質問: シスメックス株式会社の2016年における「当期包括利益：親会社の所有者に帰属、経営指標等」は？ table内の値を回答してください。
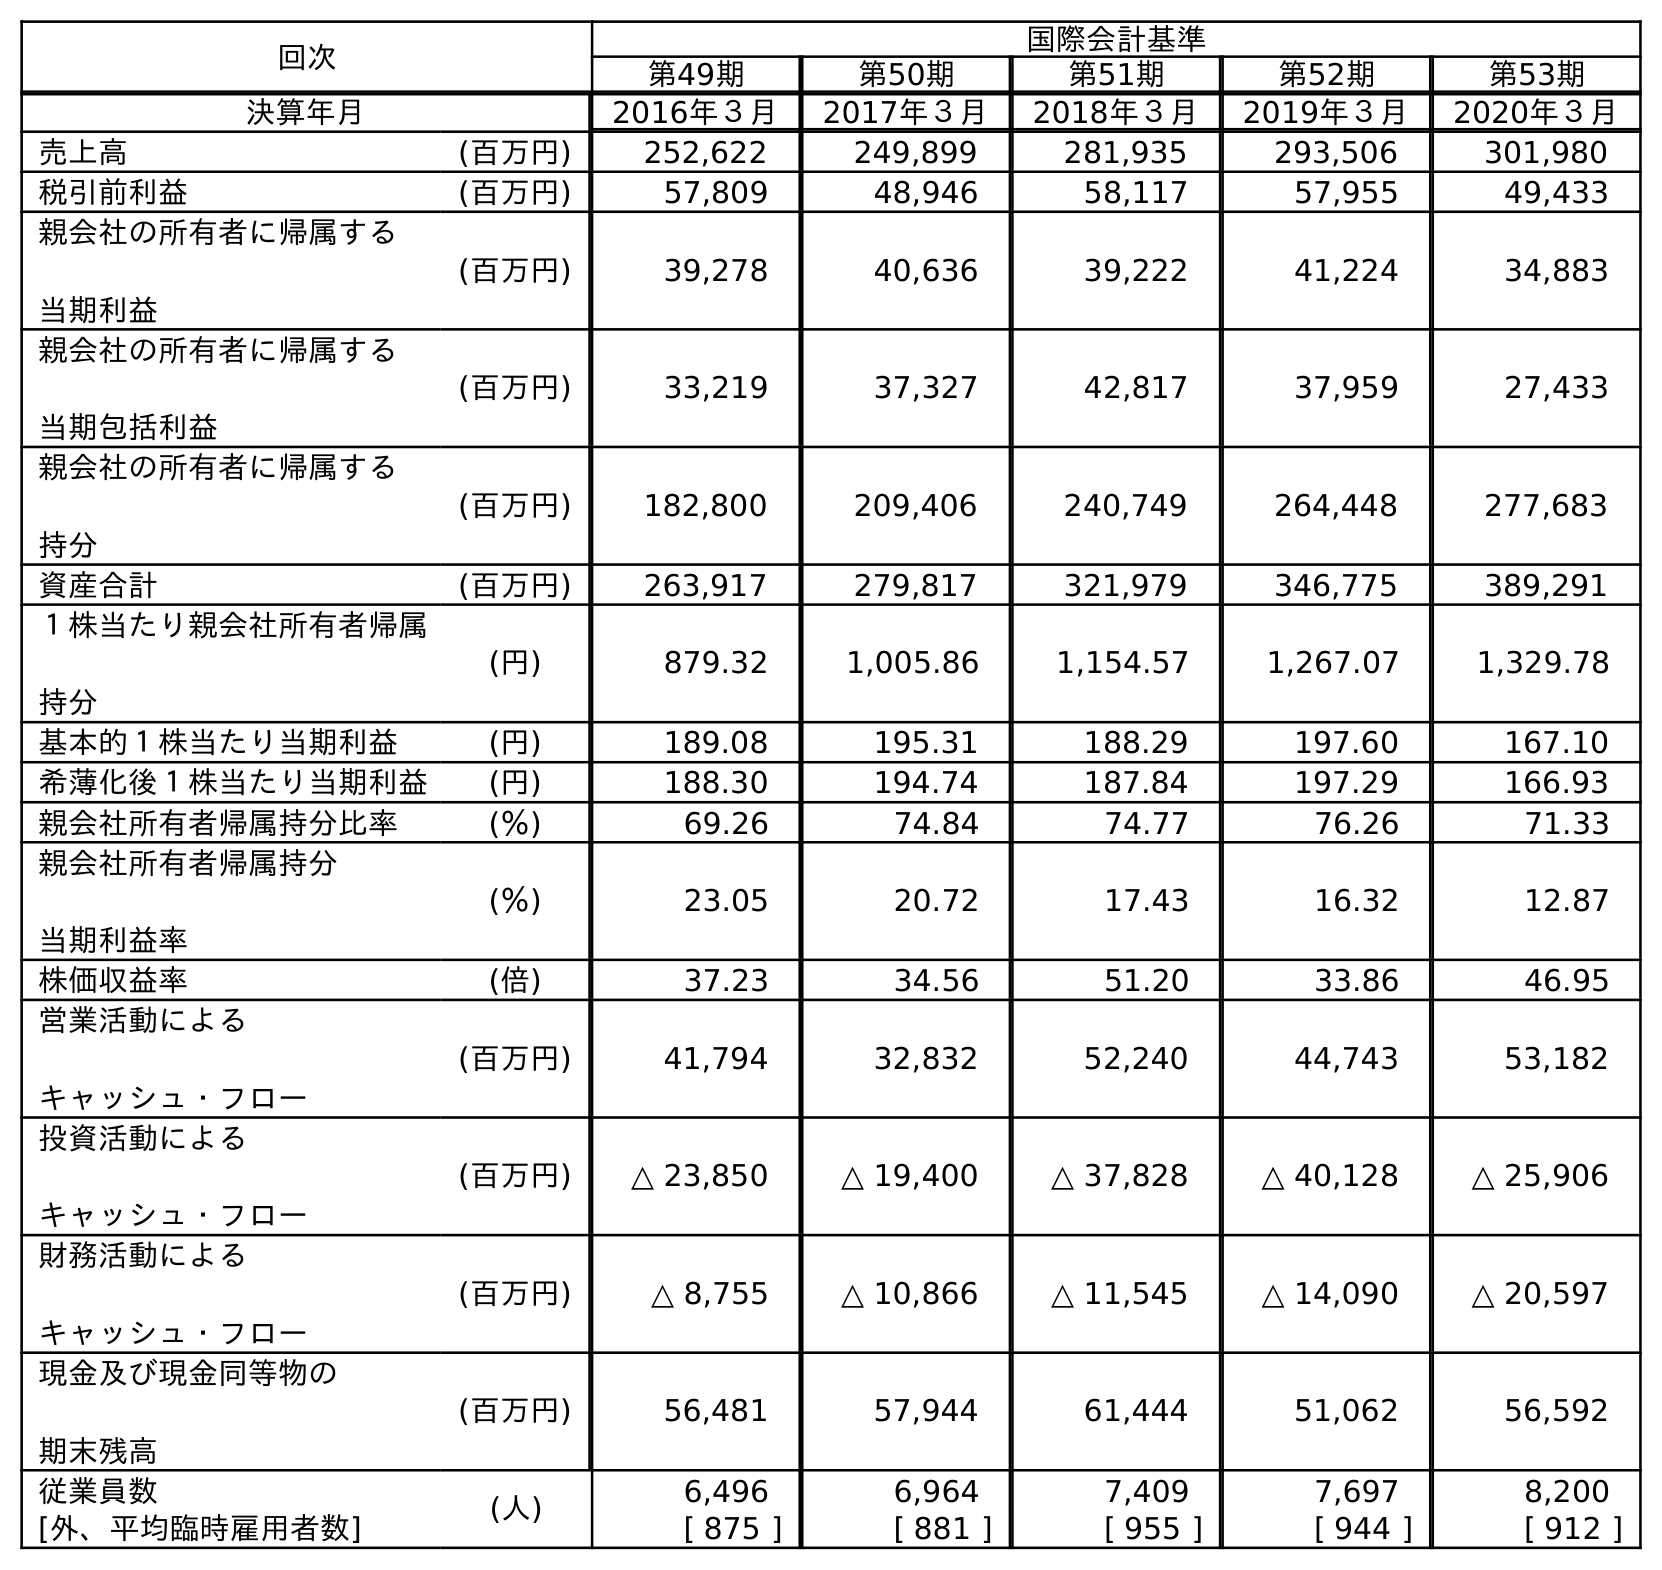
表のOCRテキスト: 回次 国際会計基準 第49期 第50期 第51期 第52期 第53期 決算年月 2016年３月 2017年３月 2018年３月 2019年３月 2020年３月 売上高 (百万円) 252,622 249,899 281,935 293,506 301,980 税引前利益 (百万円) 57,809 48,946 58,117 57,955 49,433 親会社の所有者に帰属する 当期利益 (百万円) 39,278 40,636 39,222 41,224 34,883 親会社の所有者に帰属する 当期包括利益 (百万円) 33,219 37,327 42,817 37,959 27,433 親会社の所有者に帰属する 持分 (百万円) 182,800 209,406 240,749 264,448 277,683 資産合計 (百万円) 263,917 279,817 321,979 346,775 389,291 １株当たり親会社所有者帰属 持分 (円) 879.32 1,005.86 1,154.57 1,267.07 1,329.78 基本的１株当たり当期利益 (円) 189.08 195.31 188.29 197.60 167.10 希薄化後１株当たり当期利益 (円) 188.30 194.74 187.84 197.29 166.93 親会社所有者帰属持分比率 (％) 69.26 74.84 74.77 76.26 71.33 親会社所有者帰属持分 当期利益率 (％) 23.05 20.72 17.43 16.32 12.87 株価収益率 (倍) 37.23 34.56 51.20 33.86 46.95 営業活動による キャッシュ・フロー (百万円) 41,794 32,832 52,240 44,743 53,182 投資活動による キャッシュ・フロー (百万円) △ 23,850 △ 19,400 △ 37,828 △ 40,128 △ 25,906 財務活動による キャッシュ・フロー (百万円) △ 8,755 △ 10,866 △ 11,545 △ 14,090 △ 20,597 現金及び現金同等物の 期末残高 (百万円) 56,481 57,944 61,444 51,062 56,592 従業員数 (人) 6,496 6,964 7,409 7,697 8,200 [外、平均臨時雇用者数] [ 875 ] [ 881 ] [ 955 ] [ 944 ] [ 912 ]
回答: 33,219